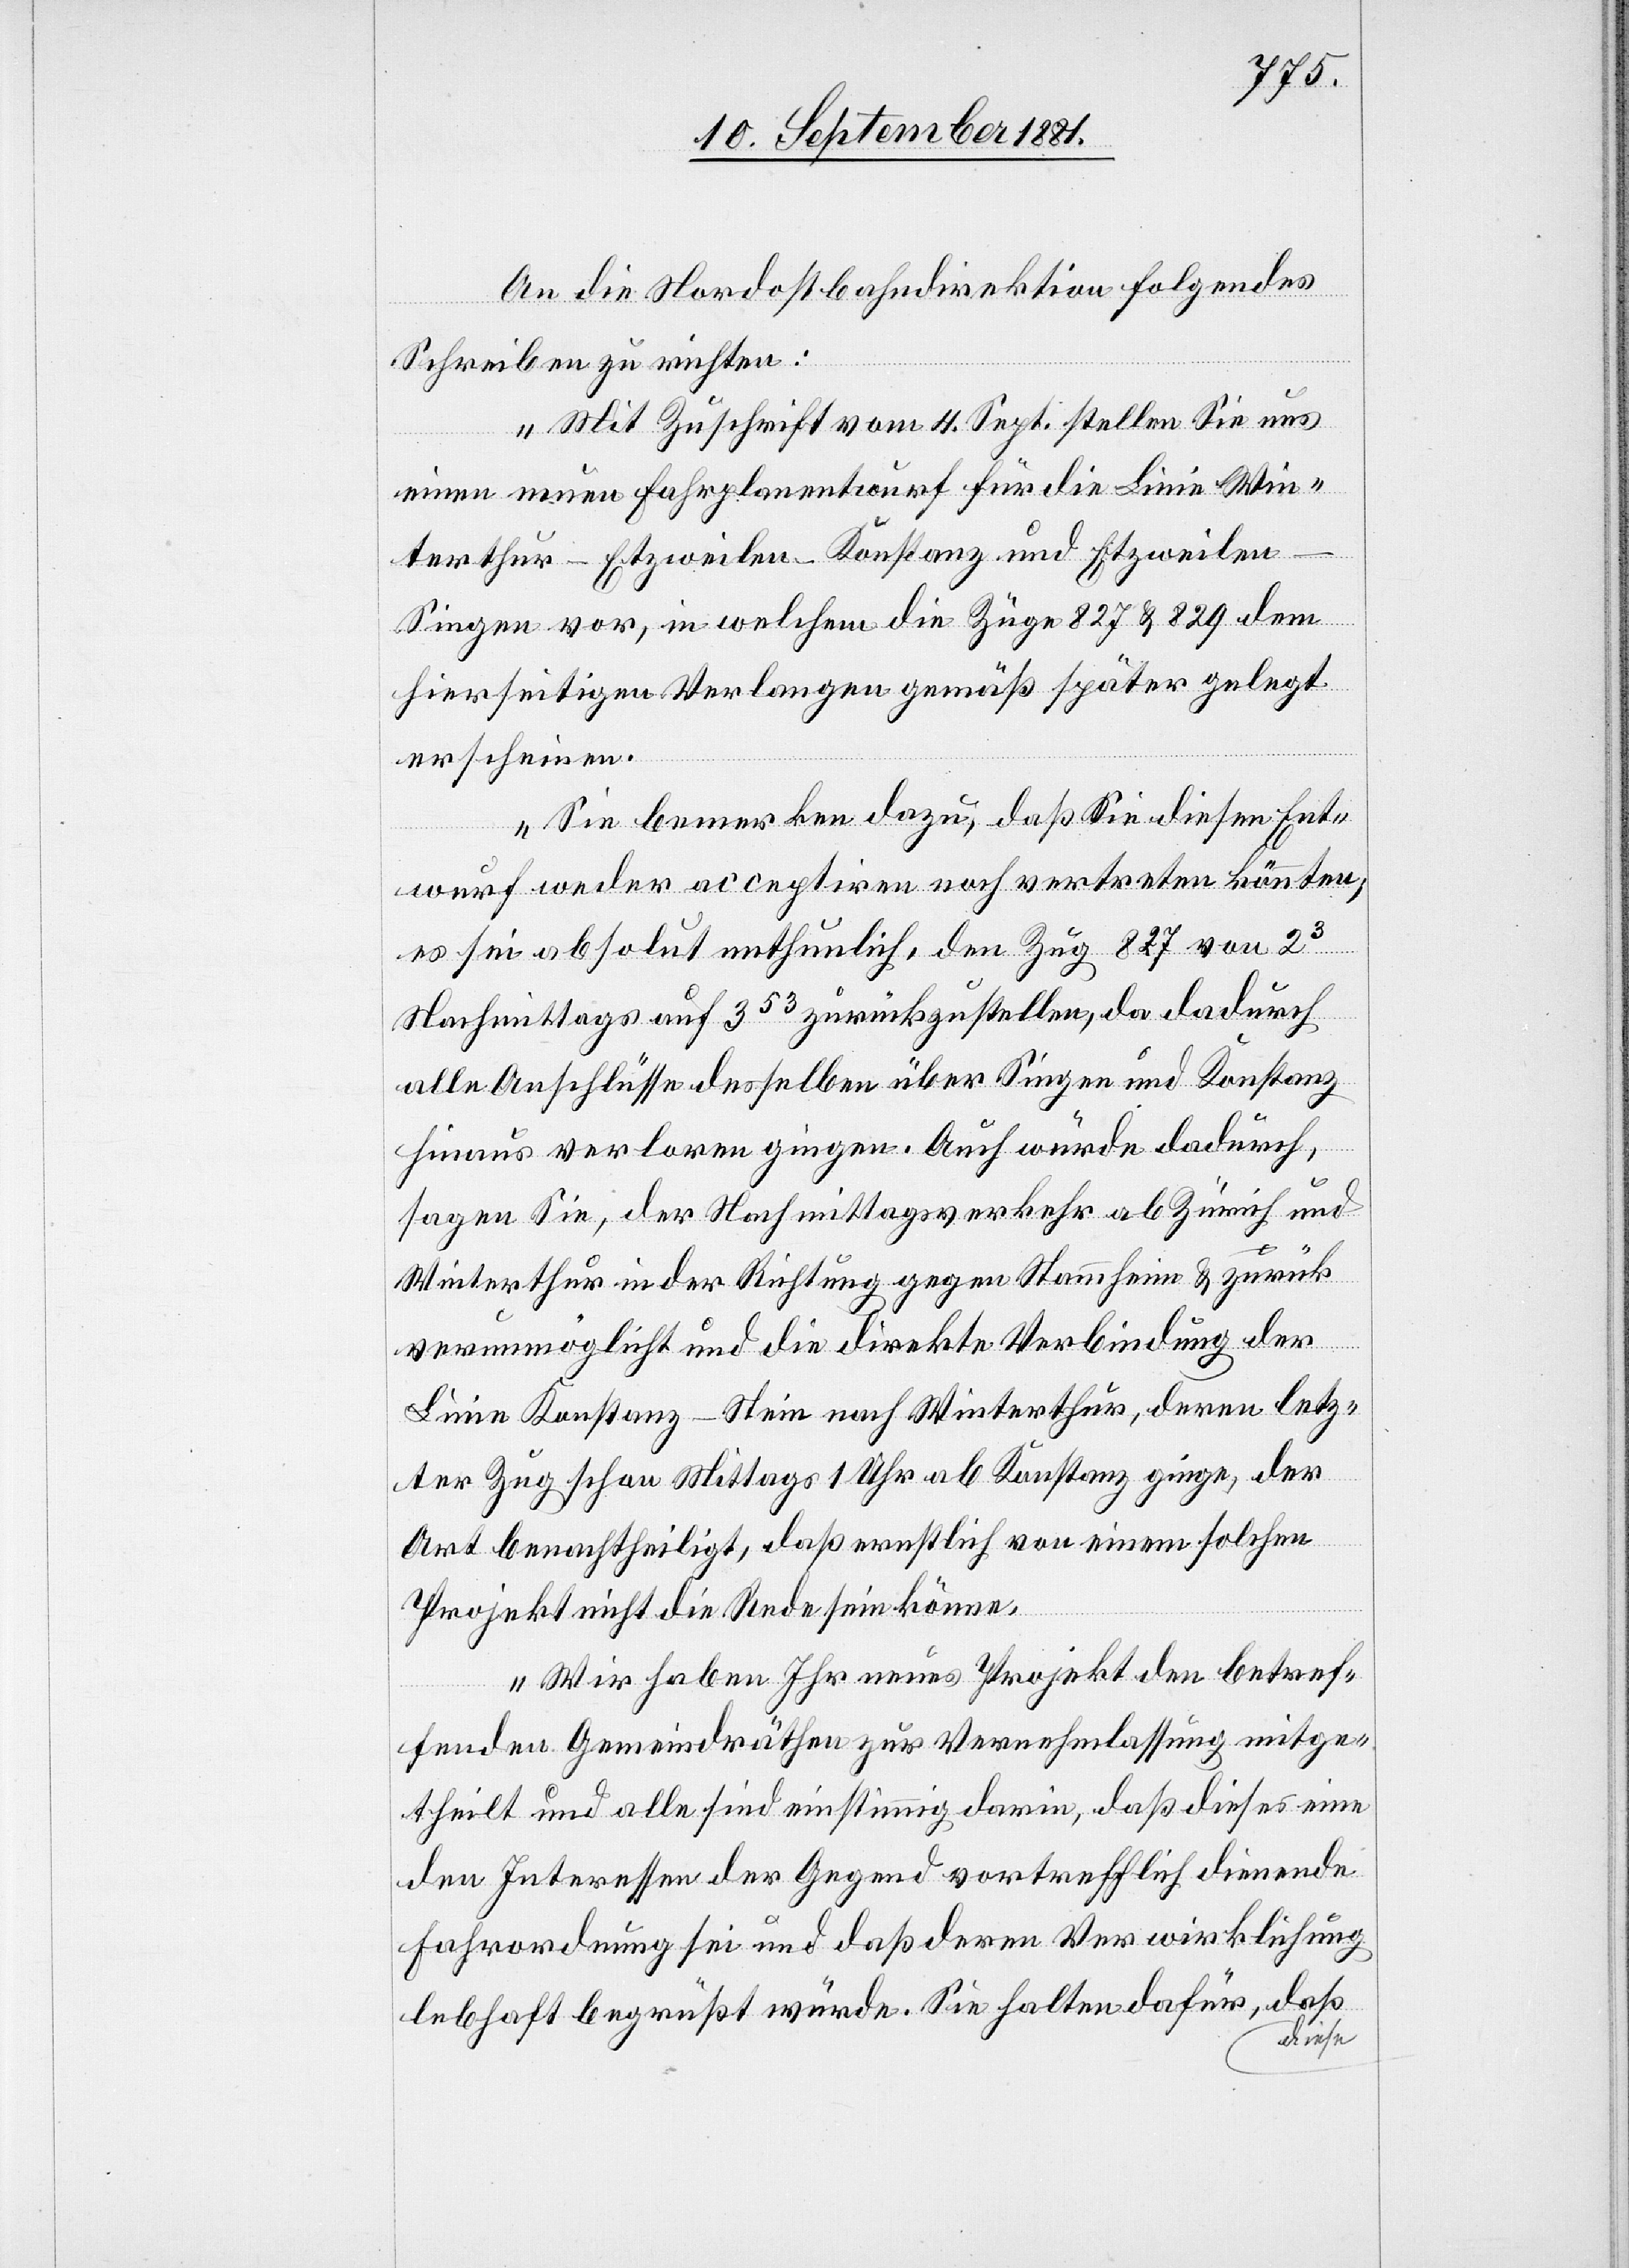
An die Nordostbahndirektion folgendes
Schreiben zu richten:
„Mit Zuschrift vom 4. Sept. stellen Sie uns
einen neuen Fahrplanentwurf für die Linie Win¬
terthur–Etzweilen–Konstanz und Etzweilen–S¬
ingen vor, in welchem die Züge 827 & 829 dem
hierseitigen Verlangen gemäß später gelegt
erscheinen.
Sie bemerken dazu, daß Sie diesen Ent¬
wurf weder acceptiren noch vertreten könnten;
es sei absolut enthunlich, den Zug 827 von 23
Nachmittags auf 353 zurückzustellen, da dadurch
alle Anschlüsse desselben über Singen und Konstanz
hinaus verloren gingen. Auch würde dadurch,
sagen Sie, der Nachmittagsverkehr ab Zürich und
Winterthur in der Richtung gegen Stammheim & zurück
verunmöglicht und die direkte Verbindung der
Linie Konstanz–Stein nach Winterthur, deren letz¬
ter Zug schon Mittags 1 Uhr ab Konstanz ginge, der
Art benachtheiligt, daß ernstlich von einem solchen
Projekt nicht die Rede sein könne.
Wir haben Ihr neues Projekt den betref¬
fenden Gemeindräthen zur Vernehmlassung mitge¬
theilt und alle sind einstimmig darin, daß dieses eine
den Interessen der Gegend vortrefflich dienende
Fahrordnung sei und daß deren Verwirklichung
lebhaft begrüßt würde. Sie halten dafür, daß
diese